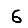
Digit: 6